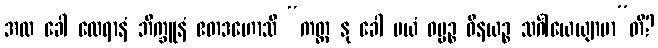
အထ ခေါ ထေရာနံ ဘိက္ခူနံ ဧတဒဟောသိ “ကတ္ထ နု ခေါ မယံ ဓမ္မဉ္စ ဝိနယဉ္စ သင်္ဂါယေယျာမာ”တိ?